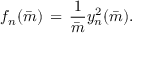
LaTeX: f _ { n } ( \bar { m } ) \, = \, { \frac { 1 } { \bar { m } } } y _ { n } \sp 2 ( \bar { m } ) .